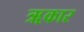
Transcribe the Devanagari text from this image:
ॠकार